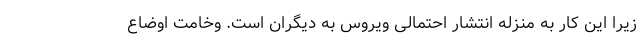
زیرا این کار به منزله انتشار احتمالی ویروس به دیگران است. وخامت اوضاع